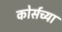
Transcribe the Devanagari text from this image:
कोर्सच्या